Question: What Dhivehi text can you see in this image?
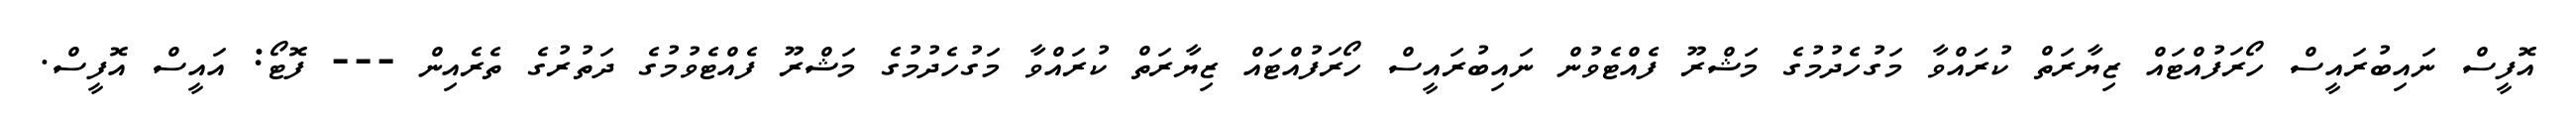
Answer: އޮފީސް ނައިބުރައީސް ހޯރަފުއްޓައް ޒިޔާރަތް ކުރައްވާ މަގުހެދުމުގެ މަޝްރޫ ފެއްޓެވުން ނައިބުރައީސް ހޯރަފުއްޓައް ޒިޔާރަތް ކުރައްވާ މަގުހެދުމުގެ މަޝްރޫ ފެއްޓެވުމުގެ ދަތުރުގެ ތެރެއިން --- ފޮޓޯ: އައީސް އޮފީސް.